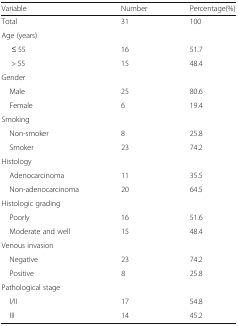
<table><thead><tr><td><b>Variable</b></td><td><b>Number</b></td><td><b>Percentage(%)</b></td></tr></thead><tbody><tr><td>Total</td><td>31</td><td>100</td></tr><tr><td colspan="3">Age (years)</td></tr><tr><td>≤ 55</td><td>16</td><td>51.7</td></tr><tr><td>&gt; 55</td><td>15</td><td>48.4</td></tr><tr><td colspan="3">Gender</td></tr><tr><td> Male</td><td>25</td><td>80.6</td></tr><tr><td> Female</td><td>6</td><td>19.4</td></tr><tr><td colspan="3">Smoking</td></tr><tr><td> Non-smoker</td><td>8</td><td>25.8</td></tr><tr><td> Smoker</td><td>23</td><td>74.2</td></tr><tr><td colspan="3">Histology</td></tr><tr><td> Adenocarcinoma</td><td>11</td><td>35.5</td></tr><tr><td> Non-adenocarcinoma</td><td>20</td><td>64.5</td></tr><tr><td colspan="3">Histologic grading</td></tr><tr><td> Poorly</td><td>16</td><td>51.6</td></tr><tr><td> Moderate and well</td><td>15</td><td>48.4</td></tr><tr><td colspan="3">Venous invasion</td></tr><tr><td> Negative</td><td>23</td><td>74.2</td></tr><tr><td> Positive</td><td>8</td><td>25.8</td></tr><tr><td colspan="3">Pathological stage</td></tr><tr><td> I/II</td><td>17</td><td>54.8</td></tr><tr><td> III</td><td>14</td><td>45.2</td></tr></tbody></table>